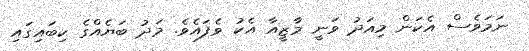
ނަމަވެސް އެކަން މިއަދު ވަނީ މާޒީއާ އެކު ވެފައެވެ. މަދު ބަޔެއްގެ ކިބައިގައި